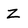
Character: Z